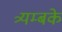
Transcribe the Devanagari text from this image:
त्र्यम्बके